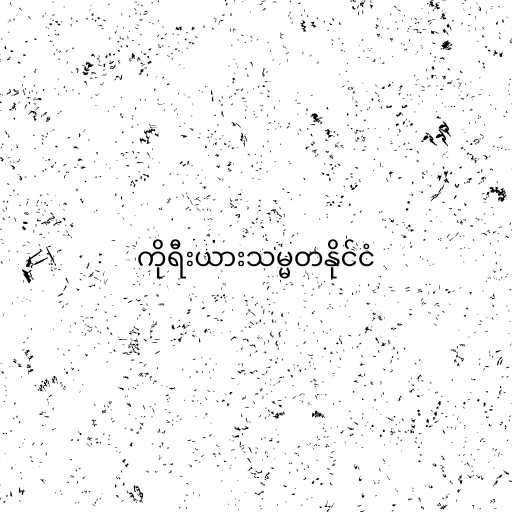
ကိုရီးယားသမ္မတနိုင်ငံ